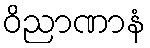
ဝိညာဏာနံ